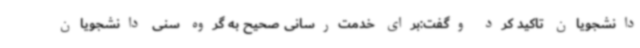
دانشجویان تاکید کرد وگفت:برای خدمت‌رسانی صحیح به گروه سنی دانشجویان